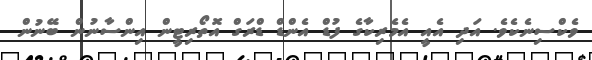
ވެކްސިނެކެވެ. އަދި އެއީ އެމެރިކާގެ ފުޑް އެންޑް ޑްރަގް އޮތޯރިޓީން އިންސާނުން ބޭނުން